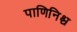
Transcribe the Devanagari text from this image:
पाणिनिश्च